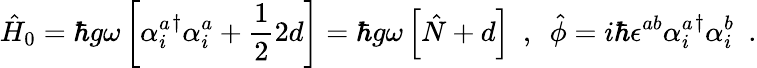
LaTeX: \hat{H}_{0}=\hbar g\omega\left[{\alpha_{i}^{a}}^{\dagger}\alpha_{i}^{a}+\frac{1}{2}2d\right]=\hbar g\omega\left[\hat{N}+d\right]\ \ ,\ \ \hat{\phi}=i\hbar\epsilon^{ab}{\alpha_{i}^{a}}^{\dagger}\alpha_{i}^{b}\ \ .